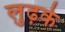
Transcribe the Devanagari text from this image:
लुढ़के